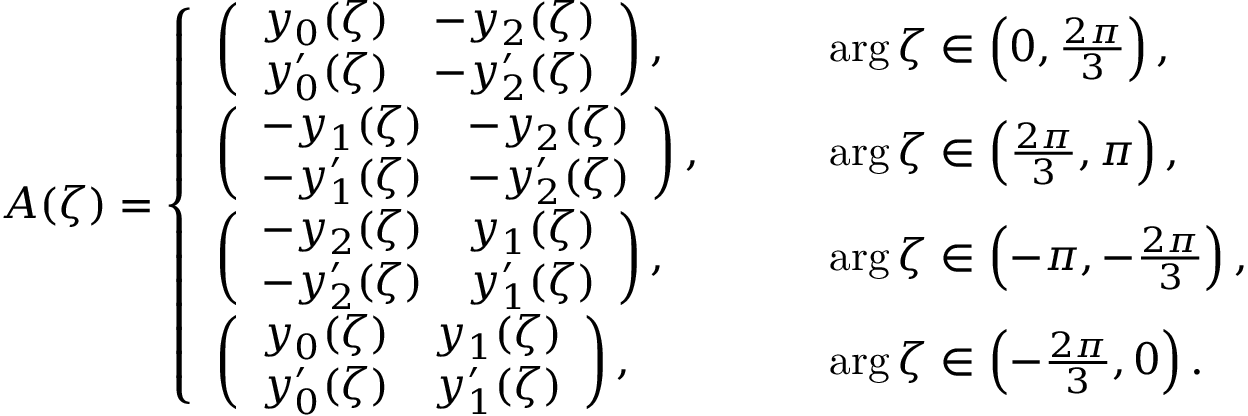
\begin{array} { r } { A ( \zeta ) = \left\{ \begin{array} { l l } { \left( \begin{array} { l l } { y _ { 0 } ( \zeta ) } & { - y _ { 2 } ( \zeta ) } \\ { y _ { 0 } ^ { \prime } ( \zeta ) } & { - y _ { 2 } ^ { \prime } ( \zeta ) } \end{array} \right) , \qquad } & { \arg \zeta \in \left( 0 , \frac { 2 \pi } { 3 } \right) , } \\ { \left( \begin{array} { l l } { - y _ { 1 } ( \zeta ) } & { - y _ { 2 } ( \zeta ) } \\ { - y _ { 1 } ^ { \prime } ( \zeta ) } & { - y _ { 2 } ^ { \prime } ( \zeta ) } \end{array} \right) , \qquad } & { \arg \zeta \in \left( \frac { 2 \pi } { 3 } , \pi \right) , } \\ { \left( \begin{array} { l l } { - y _ { 2 } ( \zeta ) } & { y _ { 1 } ( \zeta ) } \\ { - y _ { 2 } ^ { \prime } ( \zeta ) } & { y _ { 1 } ^ { \prime } ( \zeta ) } \end{array} \right) , \qquad } & { \arg \zeta \in \left( - \pi , - \frac { 2 \pi } { 3 } \right) , } \\ { \left( \begin{array} { l l } { y _ { 0 } ( \zeta ) } & { y _ { 1 } ( \zeta ) } \\ { y _ { 0 } ^ { \prime } ( \zeta ) } & { y _ { 1 } ^ { \prime } ( \zeta ) } \end{array} \right) , \qquad } & { \arg \zeta \in \left( - \frac { 2 \pi } { 3 } , 0 \right) . } \end{array} \right. } \end{array}